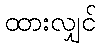
ထားလျှင်